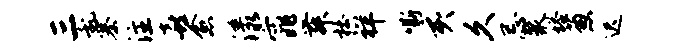
三乱寨注喜愈漾窕舞杜祥嘶亥久忌聚塔葱迟